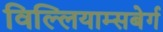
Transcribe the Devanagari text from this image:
विल्लियाम्सबेर्ग